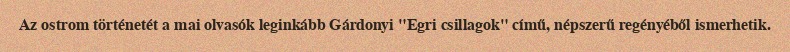
Az ostrom történetét a mai olvasók leginkább Gárdonyi "Egri csillagok" című, népszerű regényéből ismerhetik.